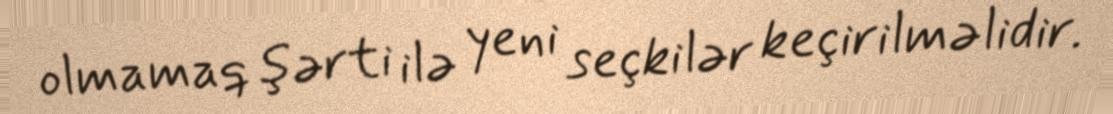
olmamaq şərti ilə yeni seçkilər keçirilməlidir.